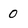
Character: 0